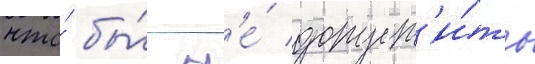
что́ бы́ н'е́ допуст'и́ть